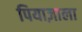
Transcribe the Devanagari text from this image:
पियाज़ाला